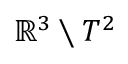
\mathbb { R } ^ { 3 } \setminus T ^ { 2 }